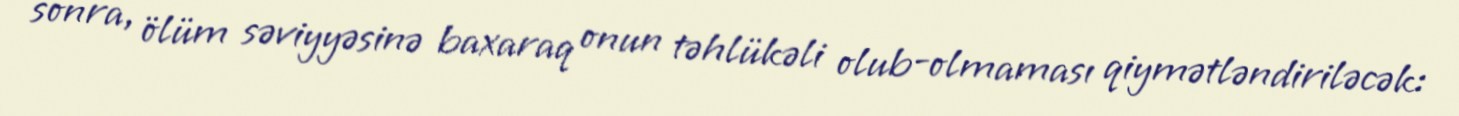
sonra, ölüm səviyyəsinə baxaraq onun təhlükəli olub-olmaması qiymətləndiriləcək: